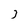
Character: j